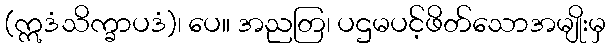
(ဣဒံသိက္ခာပဒံ)၊ ပေ။ အညတြ၊ ပဌမပင့်ဖိတ်သောအမျိုးမှ